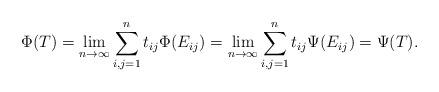
LaTeX: \begin{align*} \Phi(T)=\lim_{n\to\infty}\sum_{i,j=1}^nt_{ij}\Phi(E_{ij}) =\lim_{n\to\infty}\sum_{i,j=1}^nt_{ij}\Psi(E_{ij}) =\Psi(T). \end{align*}